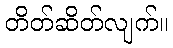
တိတ်ဆိတ်လျက်။